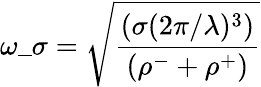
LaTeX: \omega\_ \sigma=\sqrt{\frac{(\sigma({2\pi}/{\lambda})^{3})}{(\rho^{-}+\rho^{+})}}